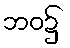
ဘဝ၌